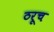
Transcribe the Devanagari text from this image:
ठरूच